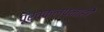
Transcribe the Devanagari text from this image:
पूर्वकल्पनाही